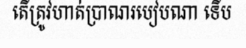
តើត្រូវហាត់ប្រាណរបៀបណា ទើប